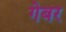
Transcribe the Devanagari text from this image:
गेबर